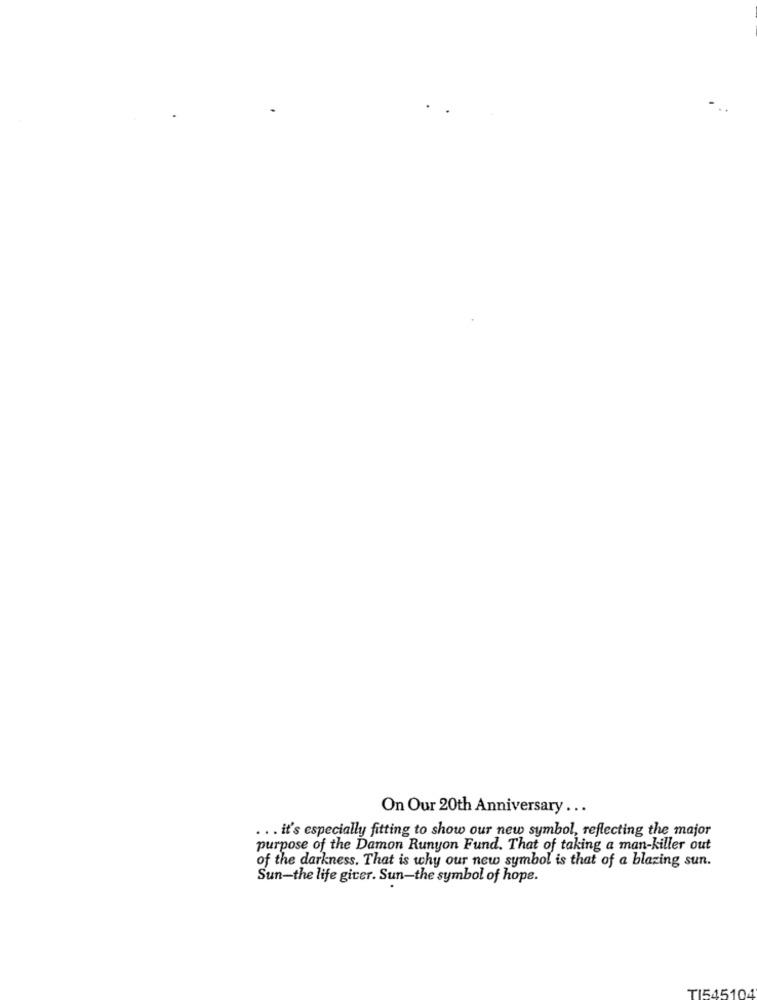
On Our 20th Anniversary ...
... it's especially fitting to show our new symbol, reflecting the major
purpose of the Damon Runyon Fund. That of taking a man-killer out
of the darkness. That is why our new symbol is that of a blazing sun.
Sun-the life giver. Sun-the symbol of hope.
TI545104